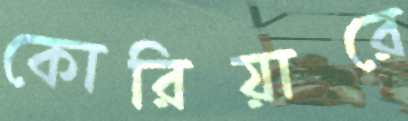
কোরিয়ারে